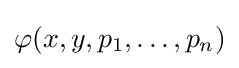
\varphi (x,y,p_{1},\ldots ,p_{n})